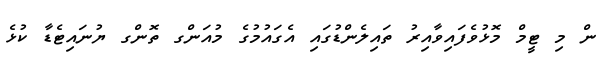
ން މި ޓީމް މޮޅުވެފައިވާއިރު ތައިލެންޑުގައި އެގައުމުގެ މުއަންގ ތޮންގ ޔުނައިޓެޑާ ކުޅެ